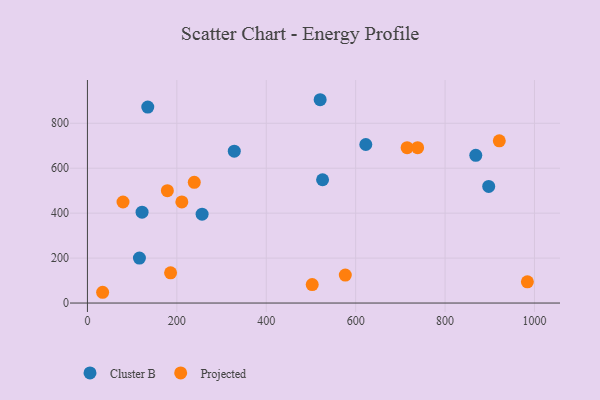
{"axis": {"x": "Ad Spend", "y": "Profit"}, "legend": ["Cluster B", "Projected"], "data": [{"x": "897.6", "y": 518.8, "type": "Cluster B"}, {"x": "122.2", "y": 404.5, "type": "Cluster B"}, {"x": "622.7", "y": 705.5, "type": "Cluster B"}, {"x": "526.0", "y": 548.6, "type": "Cluster B"}, {"x": "256.5", "y": 395.5, "type": "Cluster B"}, {"x": "135.0", "y": 872.2, "type": "Cluster B"}, {"x": "868.7", "y": 657.5, "type": "Cluster B"}, {"x": "328.5", "y": 675.9, "type": "Cluster B"}, {"x": "116.3", "y": 200.3, "type": "Cluster B"}, {"x": "520.6", "y": 904.8, "type": "Cluster B"}, {"x": "34.0", "y": 47.9, "type": "Projected"}, {"x": "921.3", "y": 721.8, "type": "Projected"}, {"x": "502.8", "y": 82.3, "type": "Projected"}, {"x": "239.0", "y": 537.4, "type": "Projected"}, {"x": "178.8", "y": 500.1, "type": "Projected"}, {"x": "715.1", "y": 691.5, "type": "Projected"}, {"x": "79.6", "y": 449.7, "type": "Projected"}, {"x": "576.8", "y": 124.4, "type": "Projected"}, {"x": "186.0", "y": 134.4, "type": "Projected"}, {"x": "211.2", "y": 450.1, "type": "Projected"}, {"x": "738.6", "y": 691.5, "type": "Projected"}, {"x": "984.1", "y": 94.6, "type": "Projected"}]}